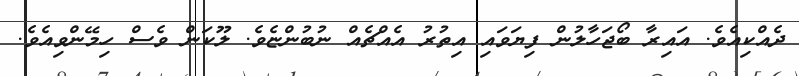
ދެއްކިއެވެ. އައިރާ ބޯޖަހާލުން ފިޔަވައި އިތުރު އެއްޗެއް ނުބުންޏެވެ. ލޫކަން ވެސް ހިމޭންވިއެވެ.